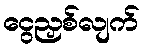
ငွေညှစ်လျက်